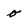
Character: o